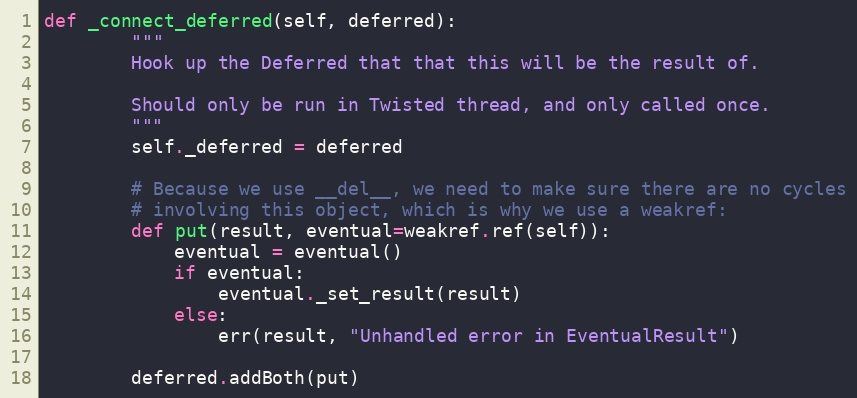
Language: Python
def _connect_deferred(self, deferred):
        """
        Hook up the Deferred that that this will be the result of.

        Should only be run in Twisted thread, and only called once.
        """
        self._deferred = deferred

        # Because we use __del__, we need to make sure there are no cycles
        # involving this object, which is why we use a weakref:
        def put(result, eventual=weakref.ref(self)):
            eventual = eventual()
            if eventual:
                eventual._set_result(result)
            else:
                err(result, "Unhandled error in EventualResult")

        deferred.addBoth(put)